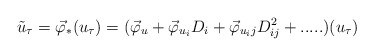
\begin{align*}\tilde u_\tau = \vec \varphi_* (u_\tau) = ( \vec \varphi_u + \vec \varphi_{u_i}D_i + \vec \varphi_{u_ij}D^2_{ij} +..... )(u_\tau)\end{align*}